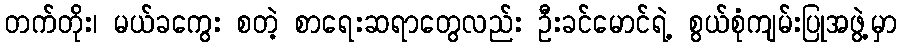
တက်တိုး၊ မယ်ခကွေး စတဲ့ စာရေးဆရာတွေလည်း ဦးခင်မောင်ရဲ့ စွယ်စုံကျမ်းပြုအဖွဲ့မှာ